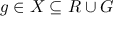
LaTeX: g \in X \subseteq R \cup G